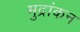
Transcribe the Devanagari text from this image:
मुद्रांकन